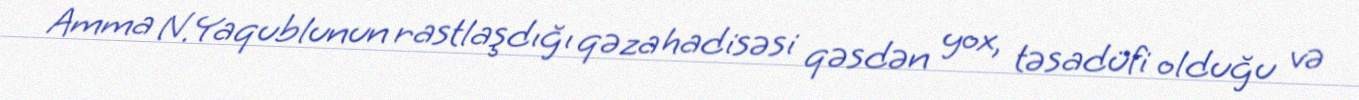
Amma N.Yaqublunun rastlaşdığı qəza hadisəsi qəsdən yox, təsadüfi olduğu və